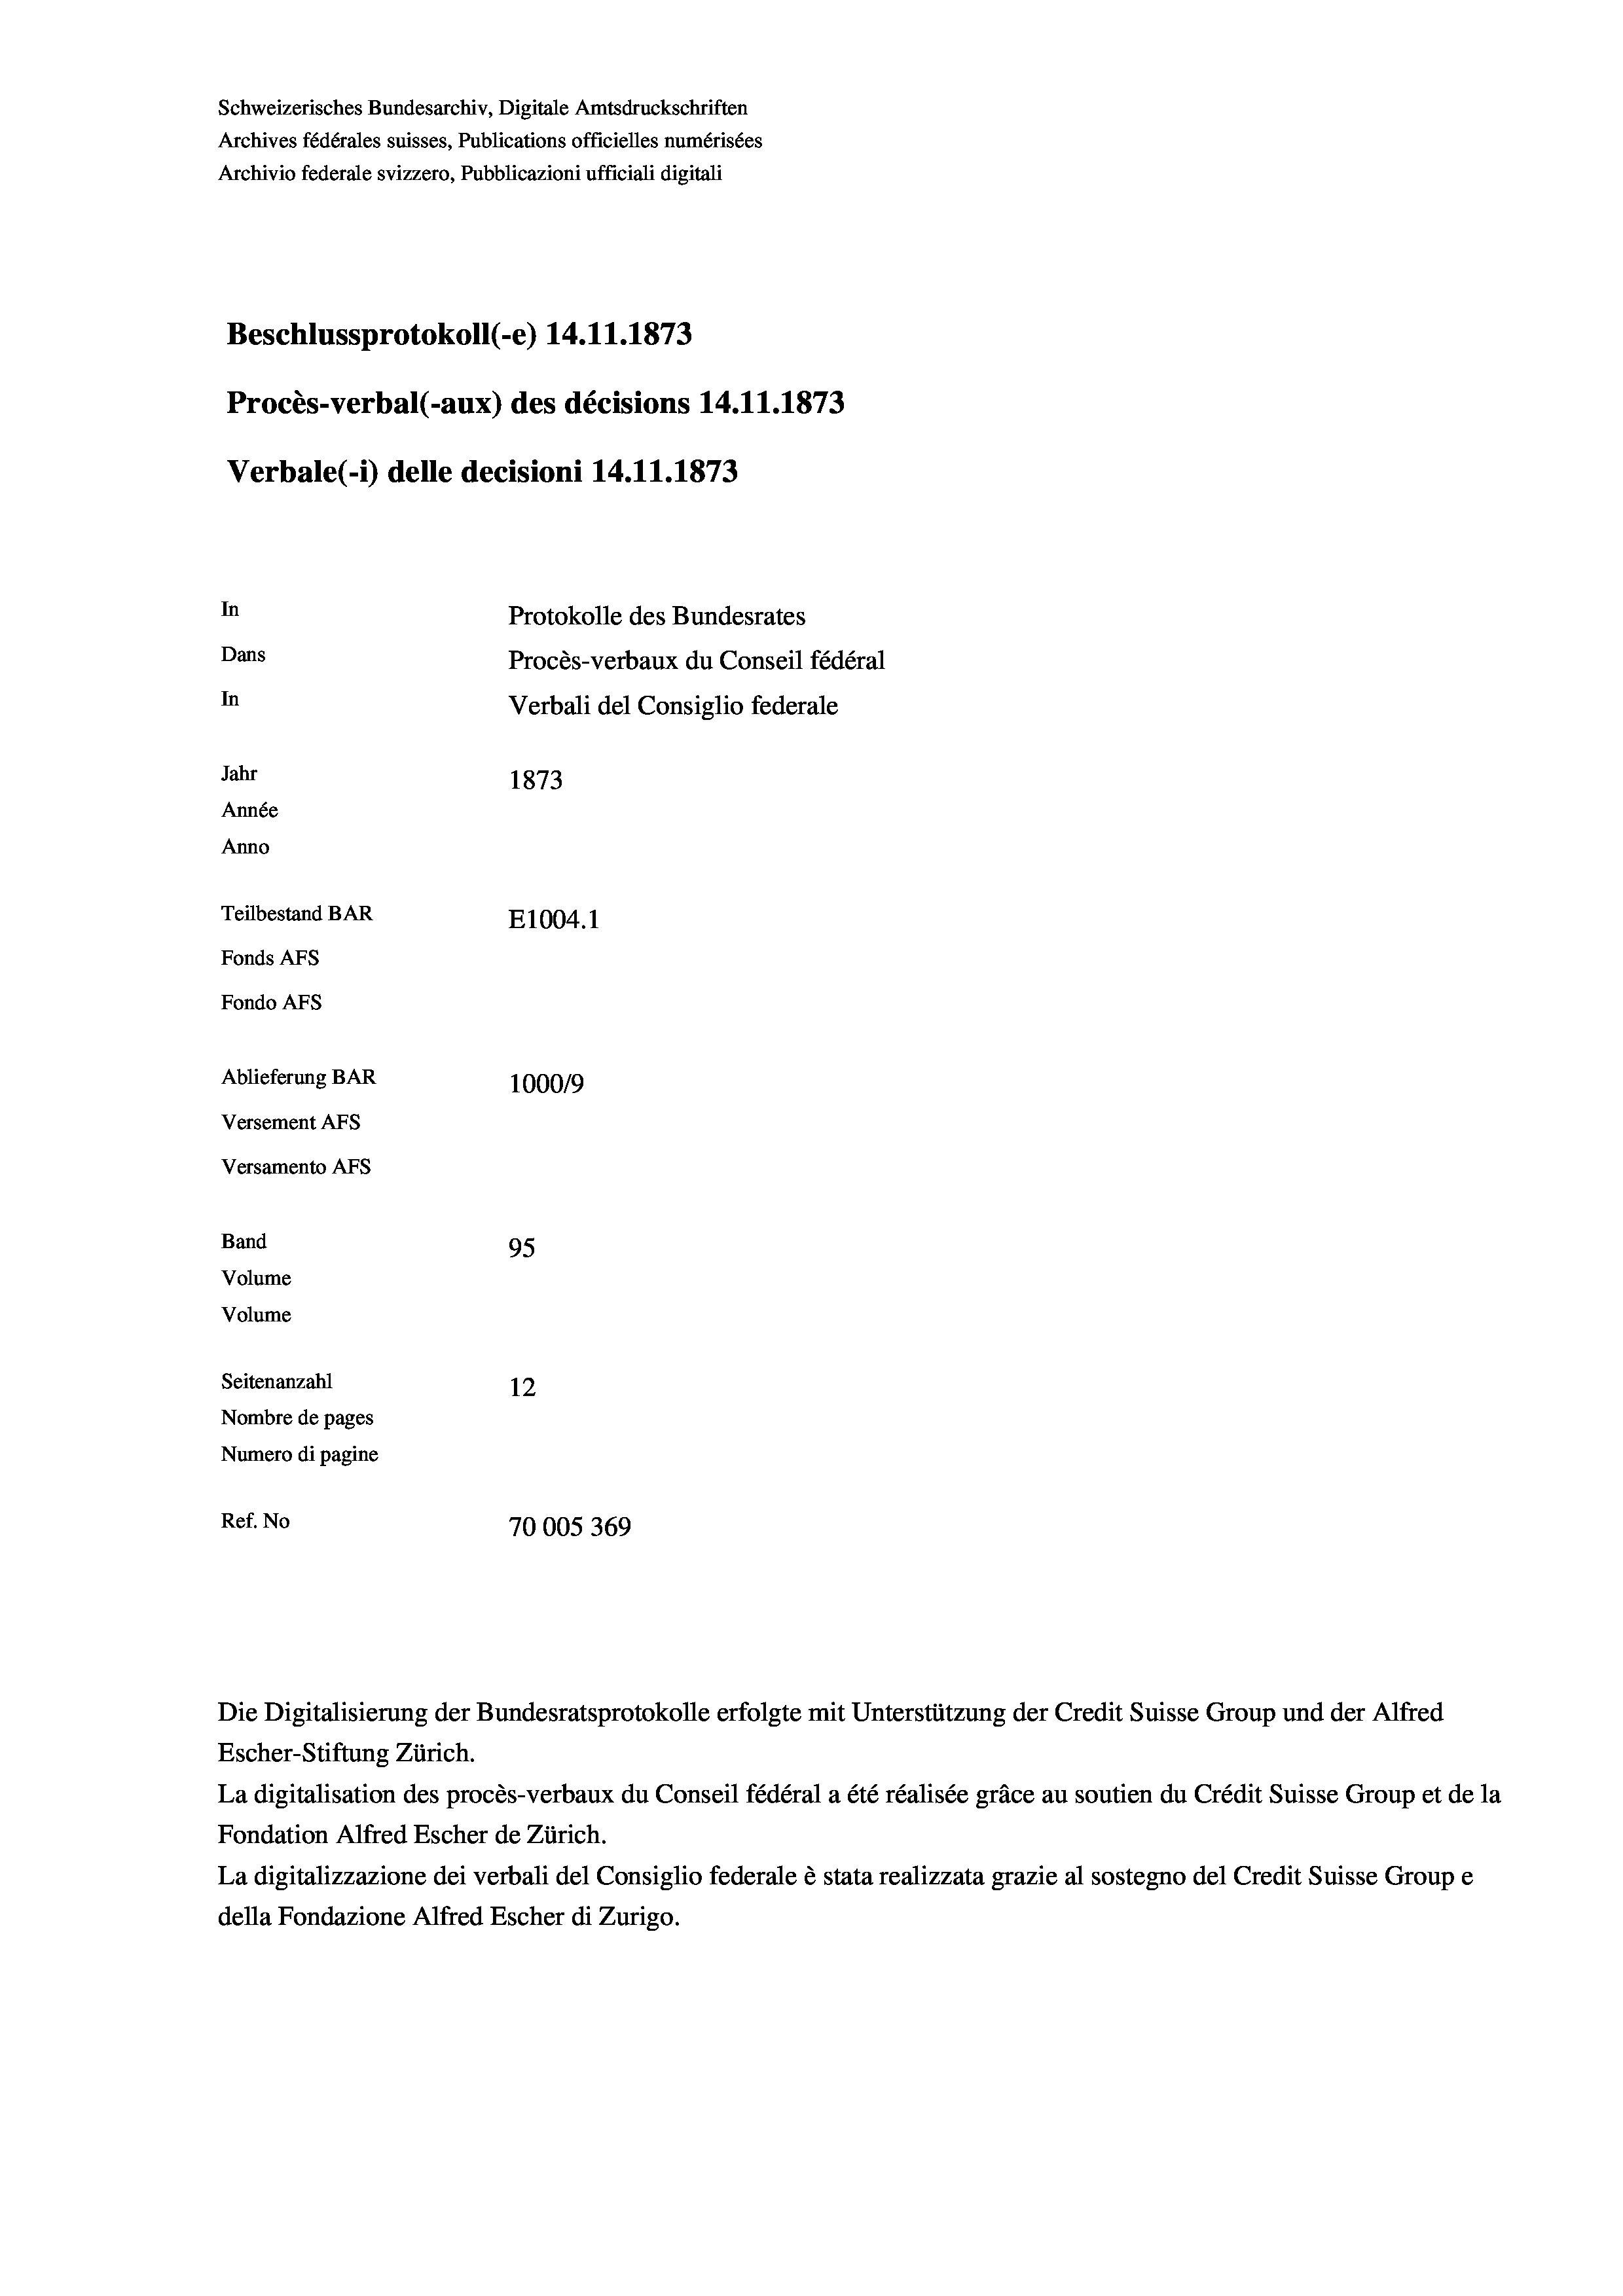
Schweizerisches Bundesarchiv, Digitale Amtsdruckschriften
Archives fédérales suisses, Publications officielles numérisées
Archivio federale svizzero, Pubblicazioni ufficiali digitali
Beschlussprotokoll (-e) 14.11.1873
Procès-verbal (-aux) des décisions 14.11.1873
Verbale(-*) delle decisioni 14.11.1873
In
Protokolle des Bundesrates
Dans
Procès-verbaux du Conseil fédéral
In
Verbali del Consiglio federale
Jahr
1873
Année
Anno
Teilbestand BAR
E1004. 1
Fonds Afs
Fondo AFs
Ablieferung BAR
100019
Versement Abs
Versamento Afs

Band
Volume
Volume

95
Seitenanzahl
12
Nombre de pages
Numero di pagine
Ref. No
70005 369

Die Digitalisierung der Bundesratsprotokolle erfolgte mit Unterstützung der Credit Suisse Group und der Alfred
Escher-Stiftung Zürich.
La digitalisation des procès-verbaux du Conseil fédéral a été réalisée gräce au soutien du Crédit Suisse Group et de la
Fondation Alfred Escher de Zürich.
La digitalizzazione dei verbali del Consiglio federale è stata realizzata grazie al sostegno del Credit Suisse Groupe
della Fondazione Alfred Escher di Zurigo.